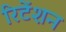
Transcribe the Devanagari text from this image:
रिटेंशन